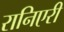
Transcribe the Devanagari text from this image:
रानिएरी